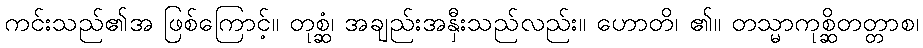
ကင်းသည်၏အ ဖြစ်ကြောင့်။ တုစ္ဆံ၊ အချည်းအနှီးသည်လည်း။ ဟောတိ၊ ၏။ တသ္မာကုစ္ဆိတတ္တာစ၊